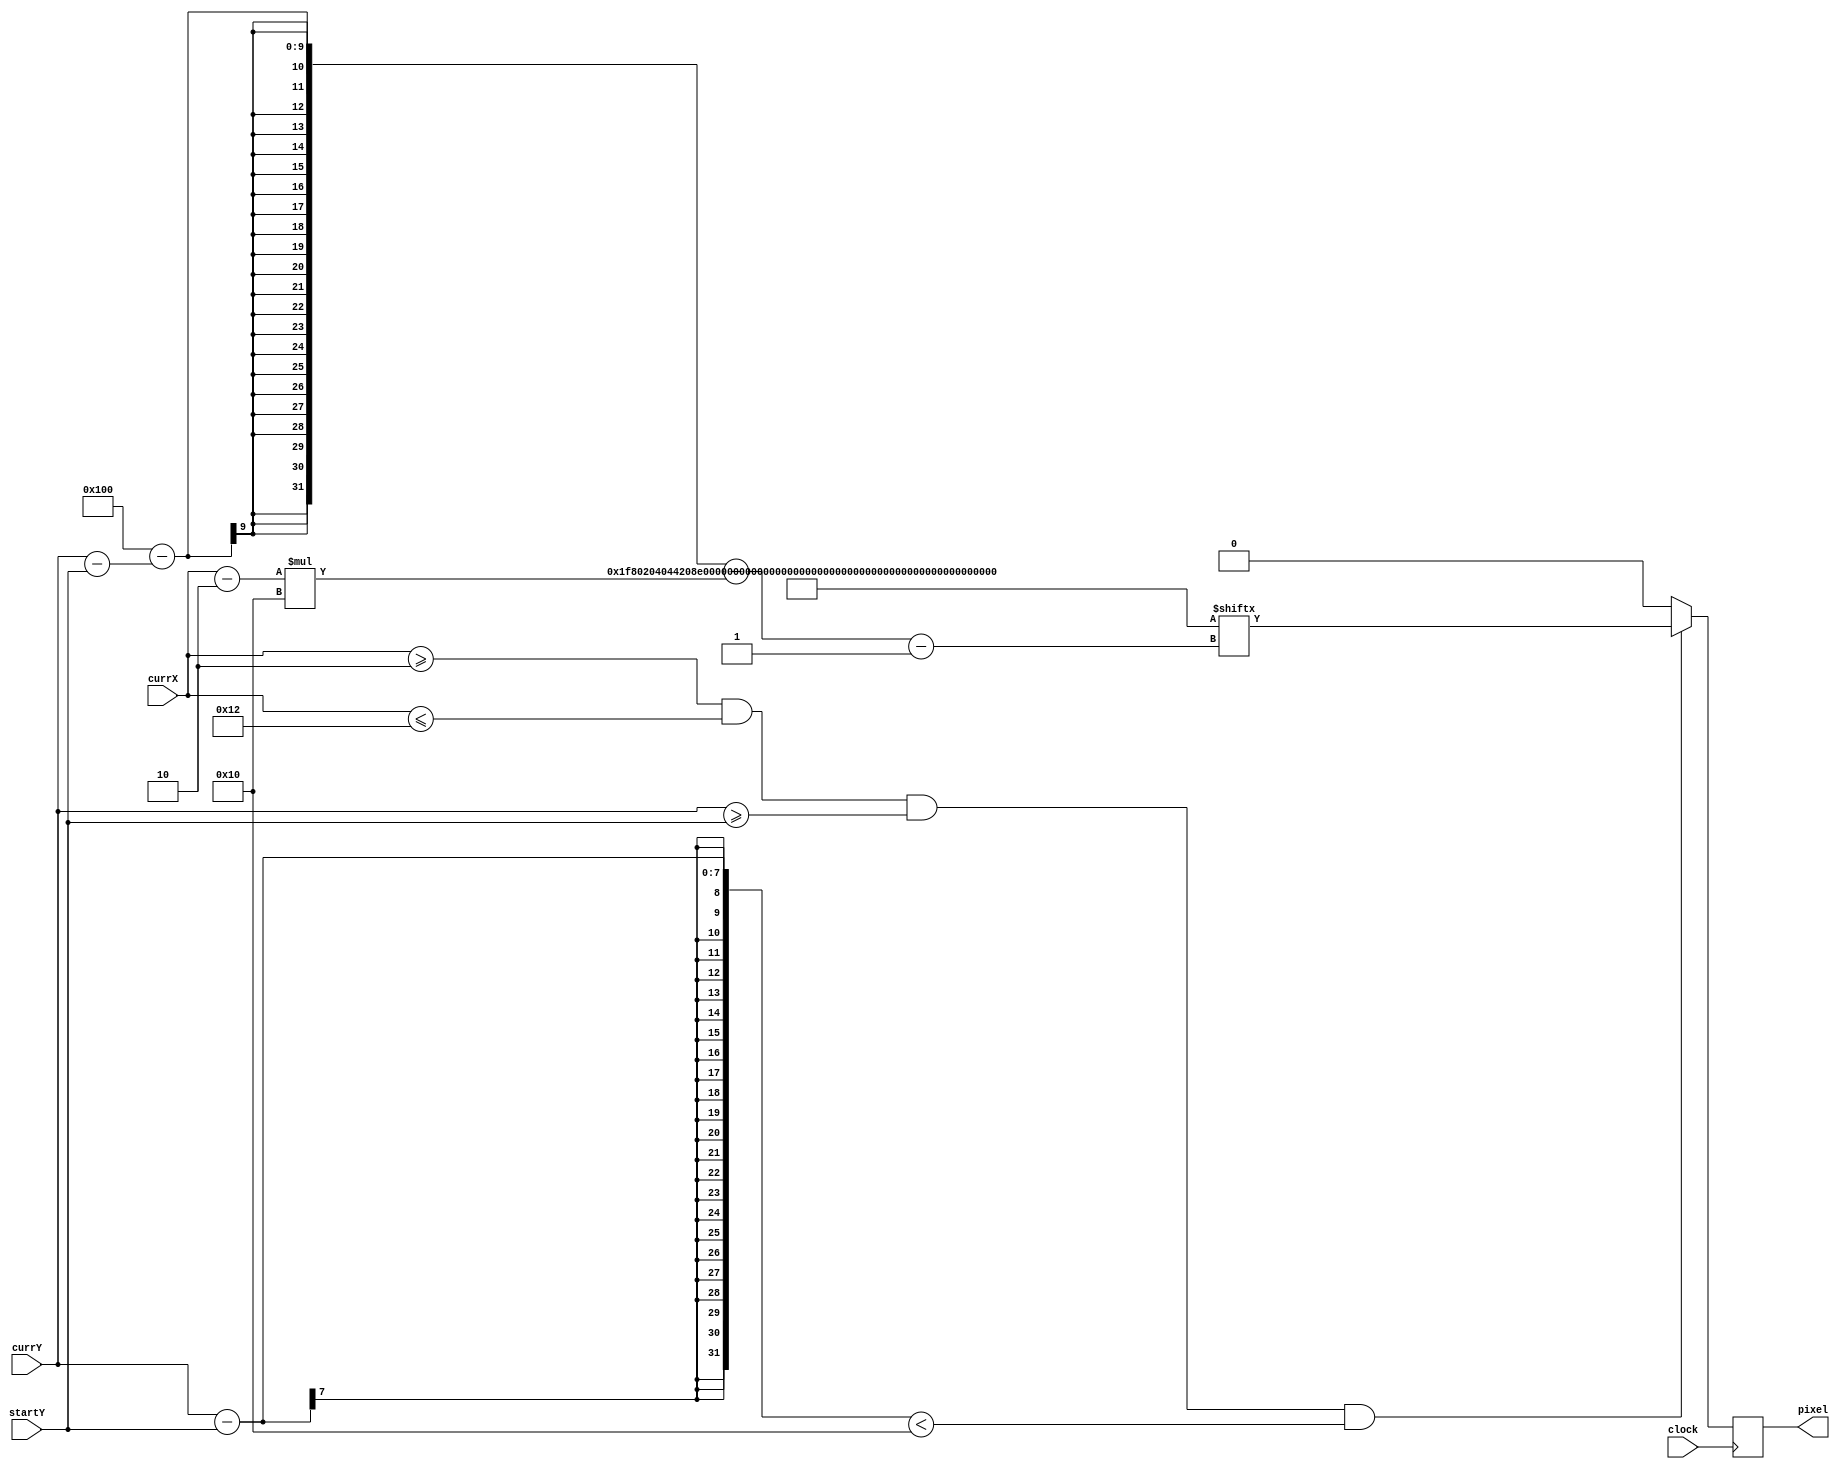
`timescale 1ns / 1ps
//////////////////////////////////////////////////////////////////////////////////
// Company: 
// Engineer: 
// 
// Design Name: 
// Module Name: logo_game
// Project Name: 
// Target Devices: 
// Tool Versions: 
// Description: 
// 
// Dependencies: 
// 
// Revision:
// Revision 0.01 - File Created
// Additional Comments:
// 
//////////////////////////////////////////////////////////////////////////////////

module logo_game(input clock, input [6:0] currX, currY, startY, output reg pixel);
    parameter STARTX = 2, ENDX = 18, LOGO_HEIGHT = 16;
    reg [6:0] index = 0, row = 0;
    wire [256:1] logo;
    assign logo = 256'h01F80204044208E2084408080D307D204D30C808084408A20442020401F80000;
    always @ (posedge clock) begin
        if(currX >= STARTX && currX <= ENDX && currY >= startY && (currY - startY) < LOGO_HEIGHT) begin
            row = currY - startY; index = currX - STARTX;
            pixel = logo[256 - row - index*LOGO_HEIGHT];
        end
        else begin pixel = 0; row = 0; index = 0; end
    end
endmodule